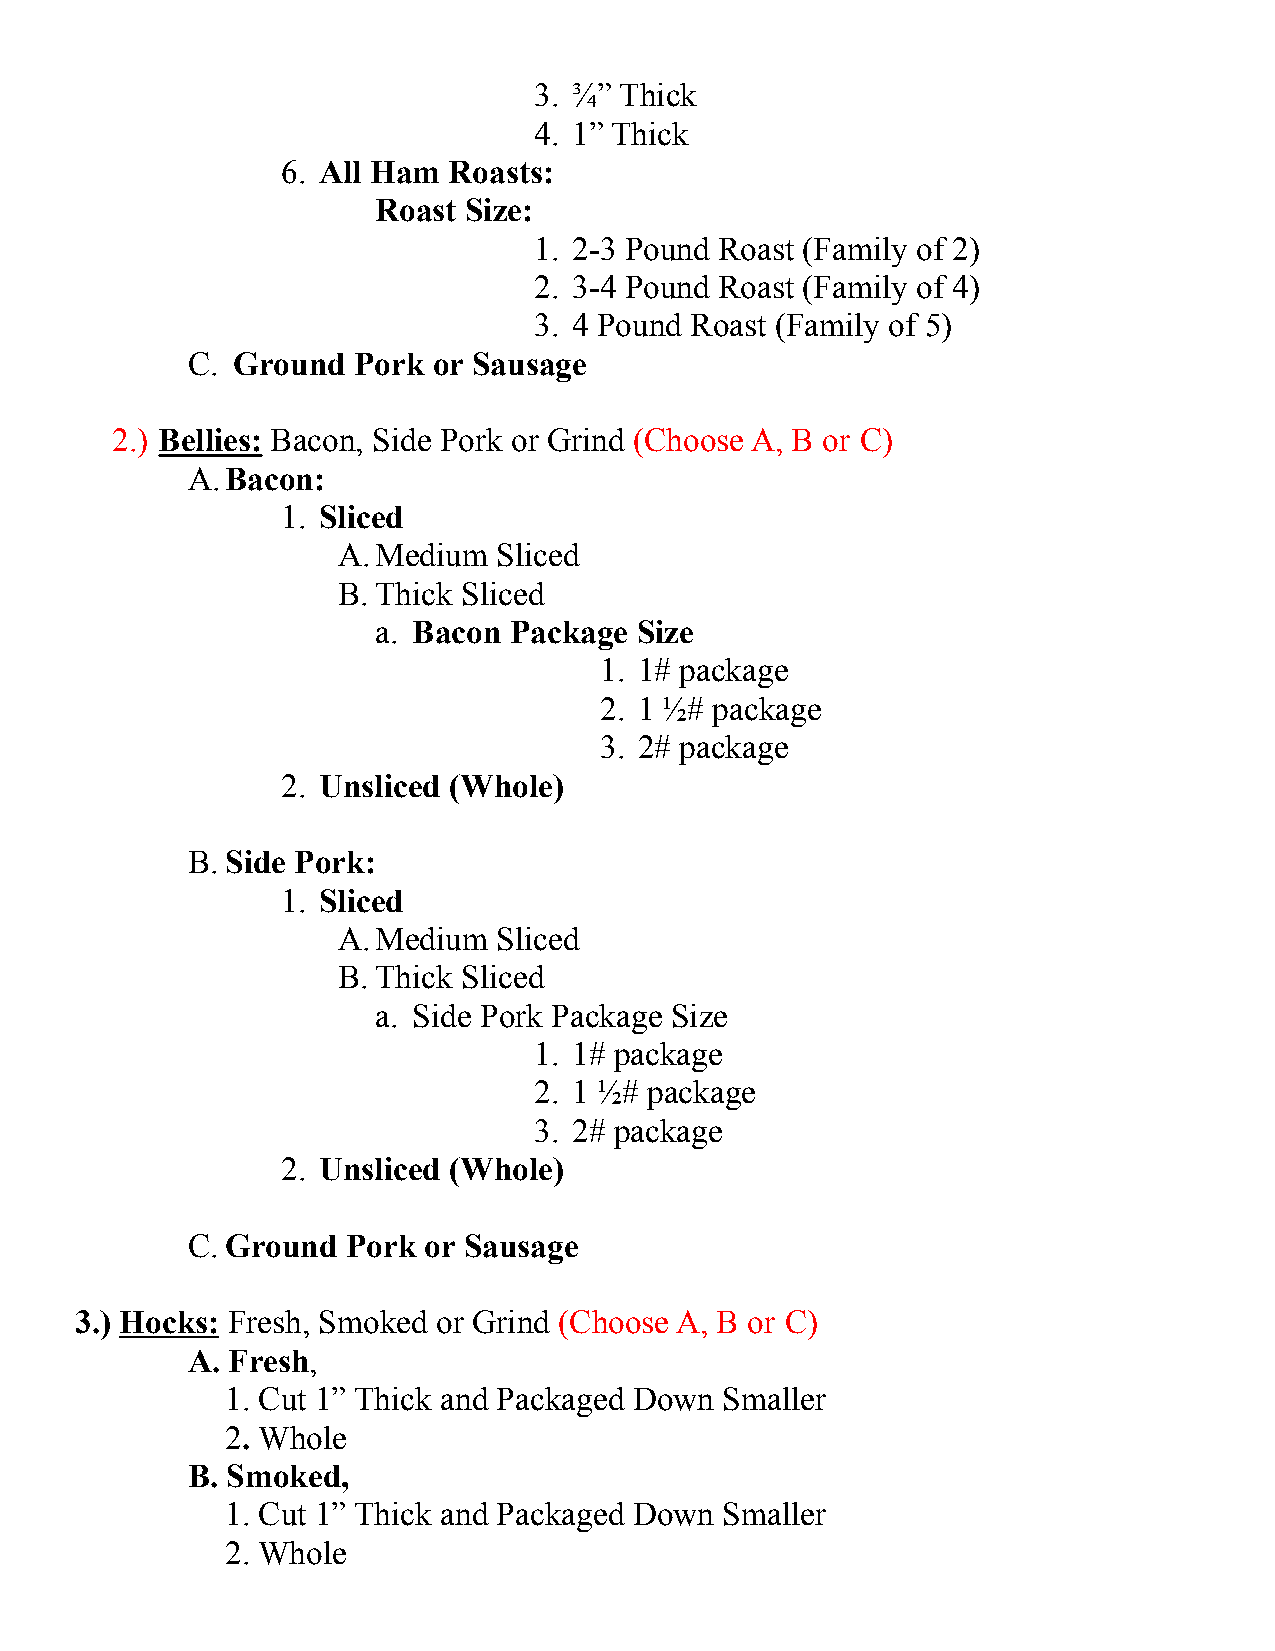
3. ¾” Thick
 4. 1” Thick
 6. All Ham Roasts:
 Roast Size:
 1. 2-3 Pound Roast (Family of 2)
 2. 3-4 Pound Roast (Family of 4)
 3. 4 Pound Roast (Family of 5)
 C. Ground  Pork  or Sausage
 2.) Bellies: Bacon, Side Pork or Grind (Choose A, B or C)
 A.Bacon:
 1. Sliced
 A.Medium   Sliced
 B. Thick Sliced
 a. Bacon Package Size
 1. 1# package
 2. 1 ½# package
 3. 2# package
 2. Unsliced (Whole)
 B. Side Pork:
 1. Sliced
 A.Medium   Sliced
 B. Thick Sliced
 a. Side Pork Package Size
 1. 1# package
 2. 1 ½# package
 3. 2# package
 2. Unsliced (Whole)
 C. Ground  Pork or Sausage
 3.) Hocks: Fresh, Smoked or Grind (Choose A, B or C)
 A. Fresh,
 1. Cut 1” Thick and Packaged Down Smaller
 2. Whole
 B. Smoked,
 1. Cut 1” Thick and Packaged Down Smaller
 2. Whole